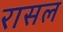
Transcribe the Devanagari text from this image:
रासल